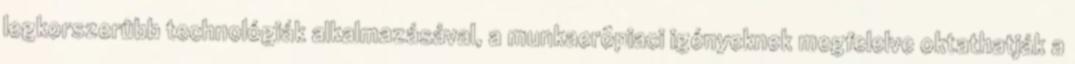
legkorszerûbb technológiák alkalmazásával, a munkaerõpiaci igényeknek megfelelve oktathatják a